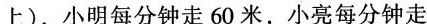
上)，小明每分钟走60米，小亮每分钟走